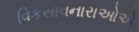
વિકસાવનારાઓએ